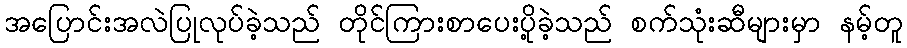
အပြောင်းအလဲပြုလုပ်ခဲ့သည် တိုင်ကြားစာပေးပို့ခဲ့သည် စက်သုံးဆီများမှာ နမ့်တူ